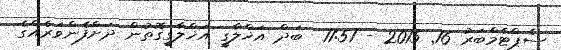
ސެޕްޓެމްބަރު 16